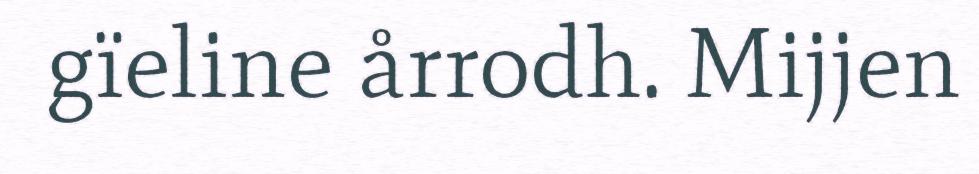
gïeline årrodh. Mijjen